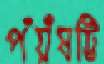
পঁয়ঁষট্টি